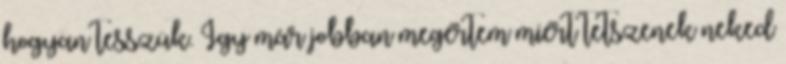
hogyan tesszük. Így már jobban megértem miért tetszenek neked